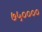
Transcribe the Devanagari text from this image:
७५००००